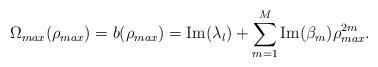
LaTeX: \begin{align*}\Omega_{max}(\rho_{max})=b(\rho_{max})=\mbox{Im}(\lambda_l)+\sum_{m=1}^M \mbox{Im}(\beta_m)\rho^{2m}_{max}.\end{align*}